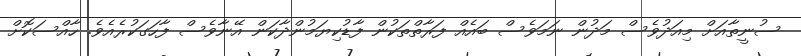
ސުނީތާއަށް މިއަދުވެސް މަދުން ނަމަވެސް ބައެއް ފަރާތްތަކުން ފާޑުކިޔަމުންދާކަން އޭނާވެސް ފާހަގަކުރެއެވެ. ހާއްސަކޮށް